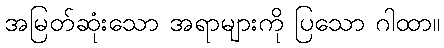
အမြတ်ဆုံးသော အရာများကို ပြသော ဂါထာ။